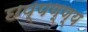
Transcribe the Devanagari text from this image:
छप्पण्ण्य